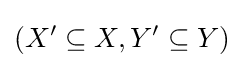
(X'\subseteq X,Y'\subseteq Y)